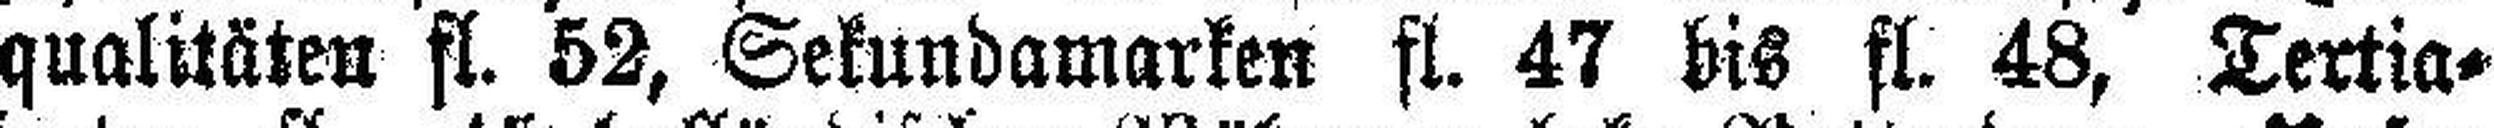
qualitäten fl. 52, Sekundamarken fl. 47 bis fl. 48, Tertia¬